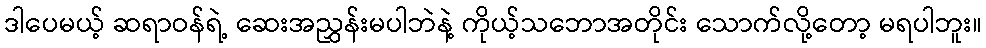
ဒါပေမယ့် ဆရာဝန်ရဲ့ ဆေးအညွှန်းမပါဘဲနဲ့ ကိုယ့်သဘောအတိုင်း သောက်လို့တော့ မရပါဘူး။